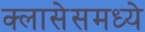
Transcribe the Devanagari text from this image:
क्लासेसमध्ये